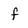
Character: f